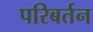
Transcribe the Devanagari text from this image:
परिबर्तन